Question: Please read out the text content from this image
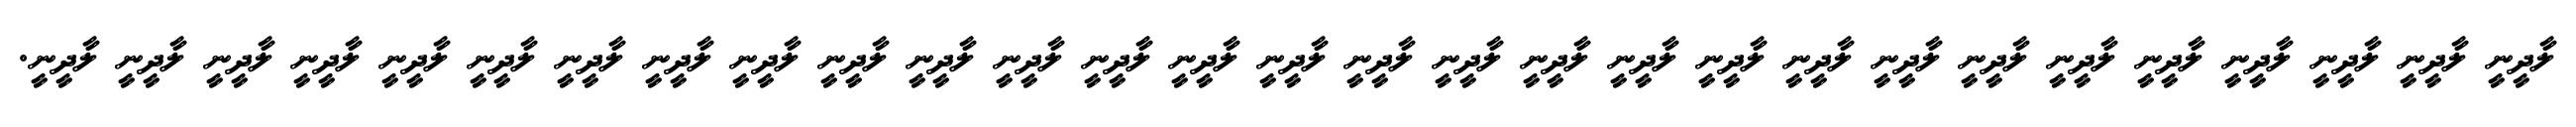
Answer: ލާދީނީ ލާދީނީ ލާދީނީ ލާދީނީ ލާދީނީ ލާދީނީ ލާދީނީ ލާދީނީ ލާދީނީ ލާދީނީ ލާދީނީ ލާދީނީ ލާދީނީ ލާދީނީ ލާދީނީ ލާދީނީ ލާދީނީ ލާދީނީ ލާދީނީ ލާދީނީ ލާދީނީ ލާދީނީ ލާދީނީ ލާދީނީ ލާދީނީ ލާދީނީ ލާދީނީ ލާދީނީ ލާދީނީ.